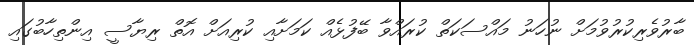
ބާރުވެރިކުރުވުމަށް ނުހަނު މައްސަކަތް ކުރައްވާ ބޭފުޅެއް ކަމަށާއި ކުރިއަށް އޮތް ރިޔާސީ އިންތިހާބުގައި